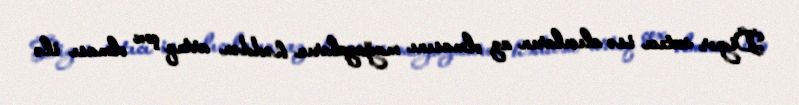
Digər satıcı isə alıcıların az olmasını mağazaların həddən artıq çox olması ilə